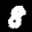
Label: 8